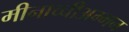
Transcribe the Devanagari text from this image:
मीनाच्चीअम्मन